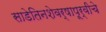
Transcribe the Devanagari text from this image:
साडेतिनशेवर्षापूर्वीचे